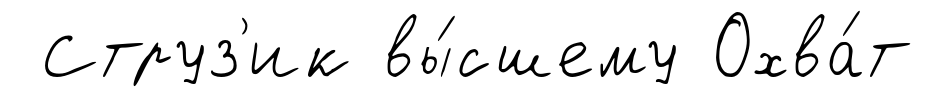
Струз'ик вы́сшему Охва́т